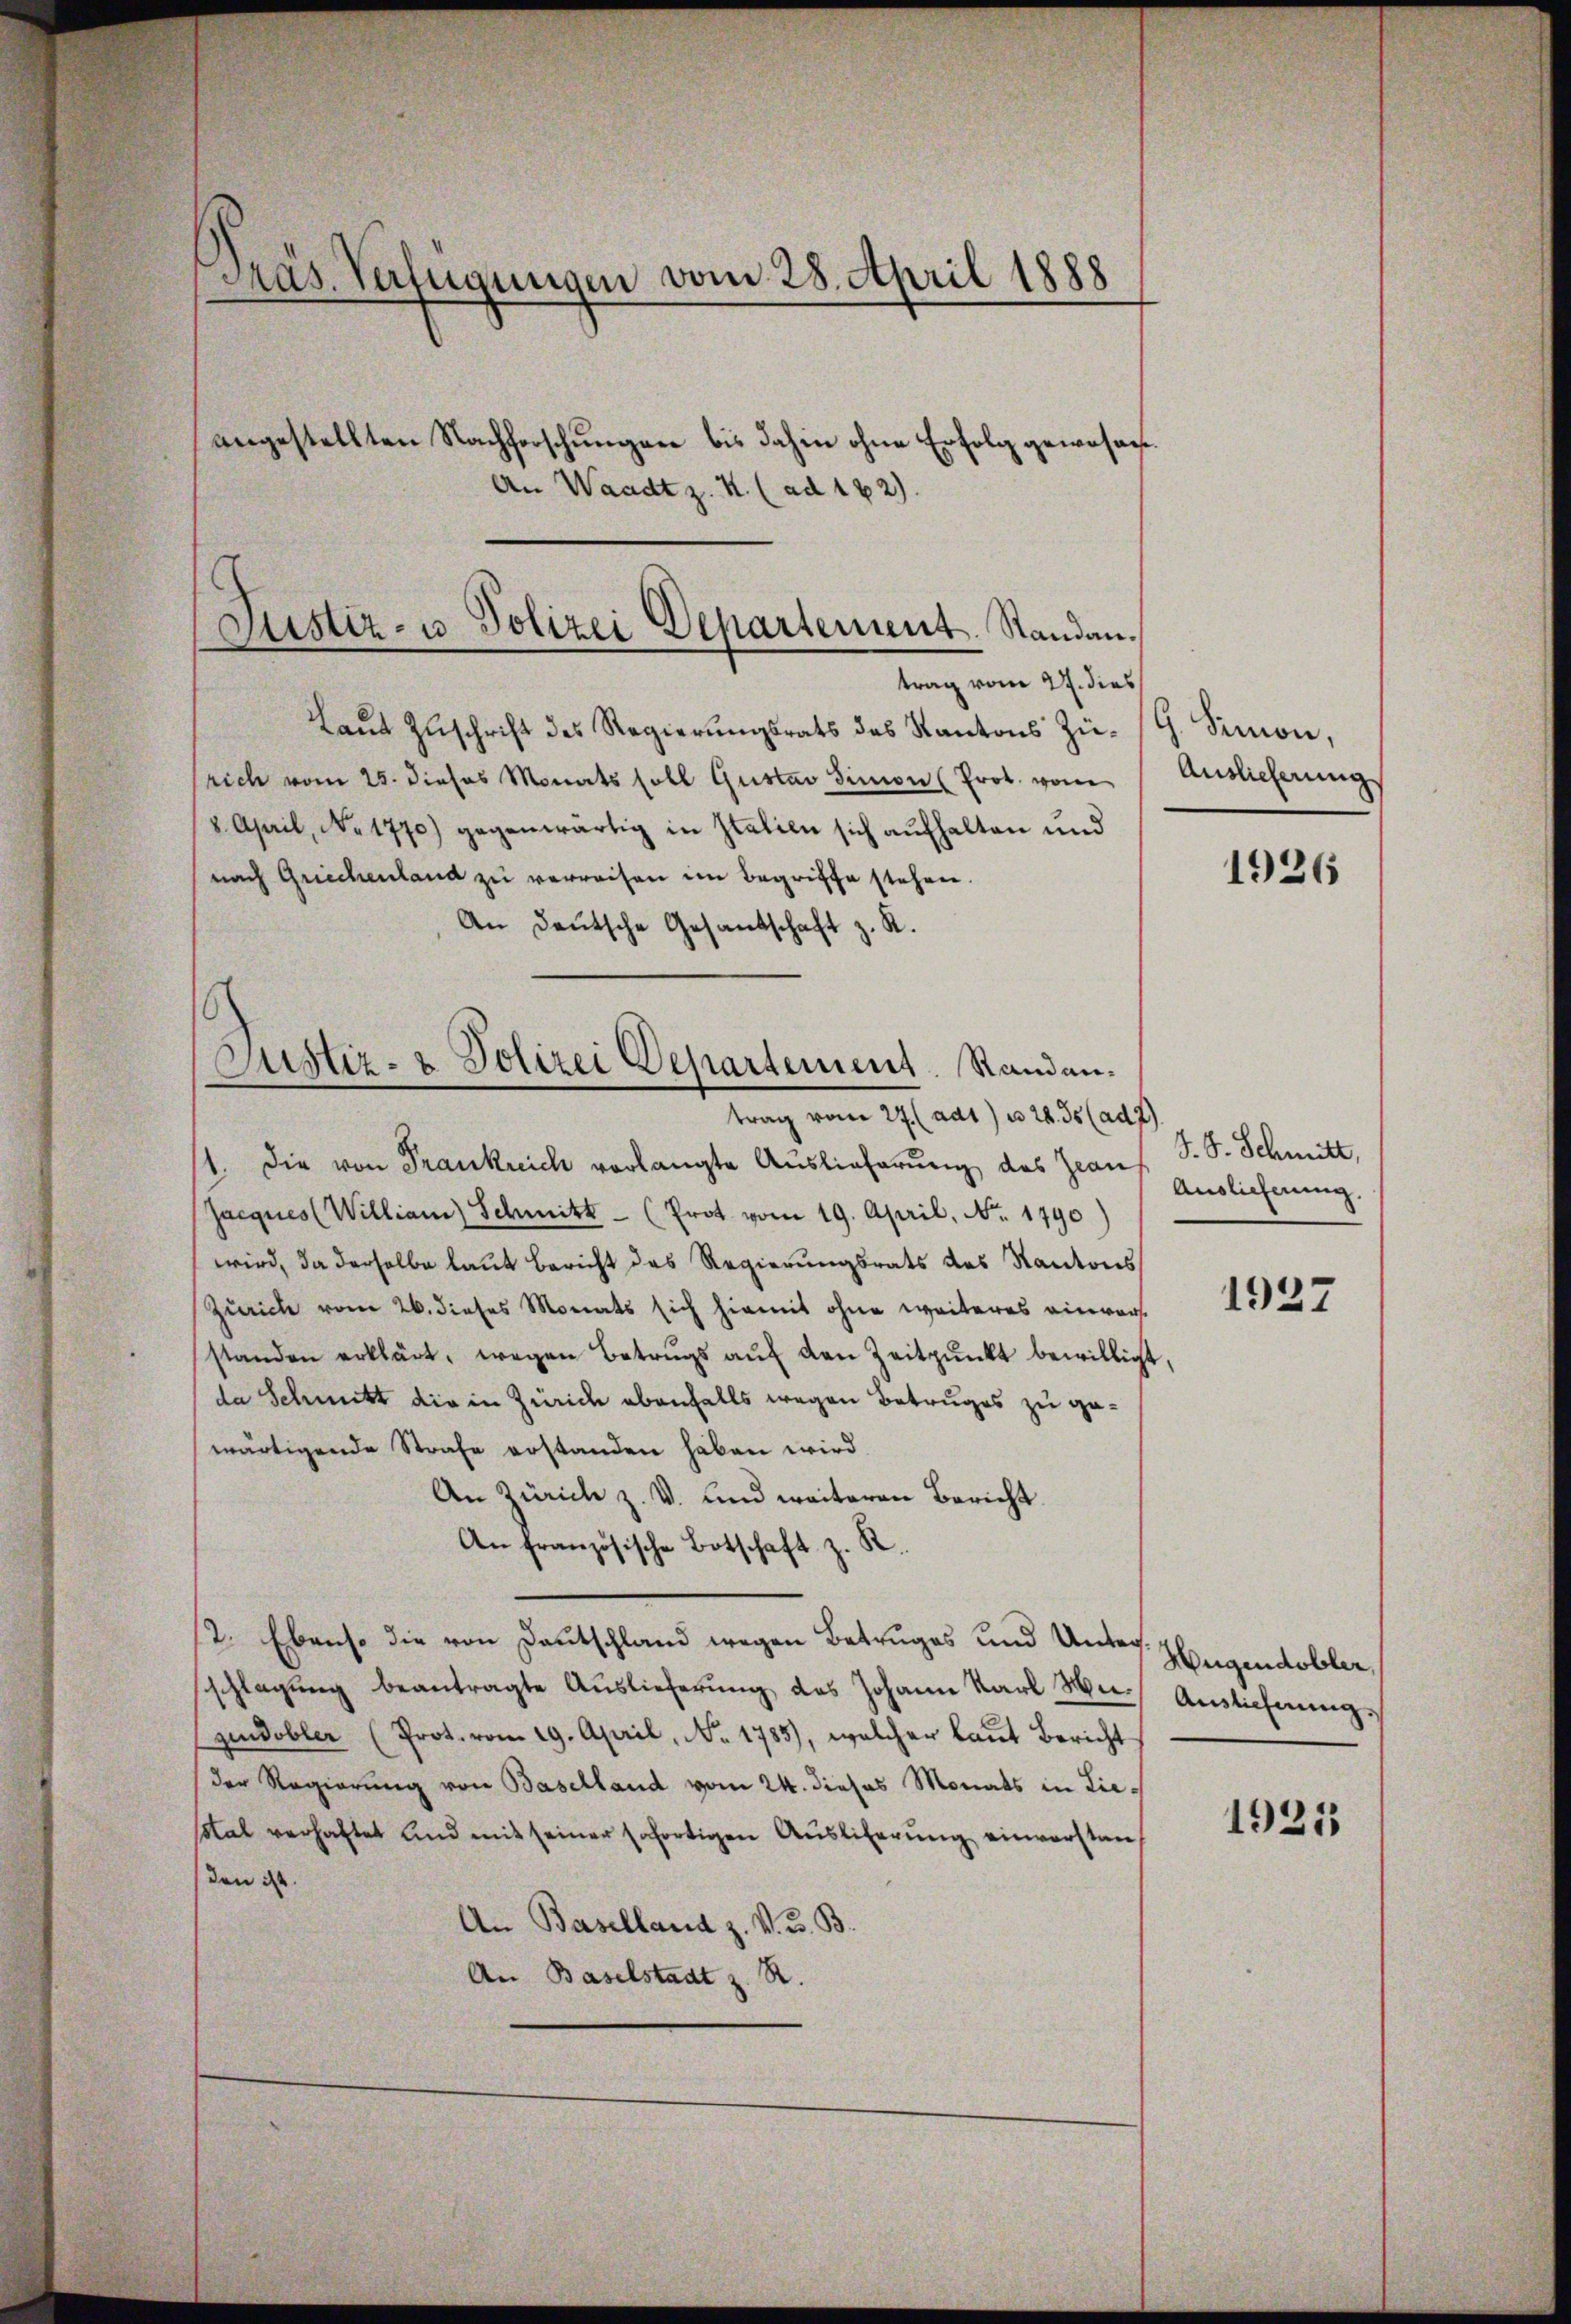
Präs. Verfügungen vom 28. April 1888
angestellten Nachforschungen bis dahin ohne Erfolg gewesen.
An Waadt z. K. (ad 182).

Justiz- u Polizei Departement. Standantrag vom 27. dies

Laut Zuschrift des Regierungsrats des Kantons Zürich vom 25. dieses Monats soll Gustav Simon (Prot. vom
8. April, No 1770) gegenwärtig in Italien sich aufhalten und
nach Griechenland zu verreisen im Begriffe stehen.
An Deutsche Gesandschaft z. R.
trag vom 27. (adt) u. 28. ds (ad 7)
1. Die von Frankreich verlangte Auslieferung des Zeauf
(Jacques (William) Schmitt (Prot. vom 19. April, No. 1790
wird, da derselbe laut Bericht das Regierungsrats des Kantons
Zürich vom 26. dieses Monats sich hiemit ohne weiteres einvers
standen erklärt, wegen Betrugs aŭf den Zeitpunkt bewilligt,
da Schmitt die in Zürich ebenfalls wegen Betruges zu gewärtigende Strafe erstanden haben wird.
An Zürich z. V. und weiteren Bericht
An französische Botschaft z. R.
12. Ebenso die von Deutschland wegen Betruges und Unterschlagung beantragte Auslieferung des Johann Karl Mn. Auslichnung.
gundobler (Prot. vom 19. April, No. 1785), welcher laut Bericht
der Regierung von Baselland vom 24. dieses Monats in Liesstat verhaftet und mit seiner sofortigen Auslieferung einverstanden d.
An Baselland z. V. K. B.
An Baselstadt z. R.

C
Justiz- & Polizei Departement. Standan¬

G. Simon,
Auslieferung

1926

S. S. Schmitt,
Auslieferung.

1927

Hugendobler,

1925